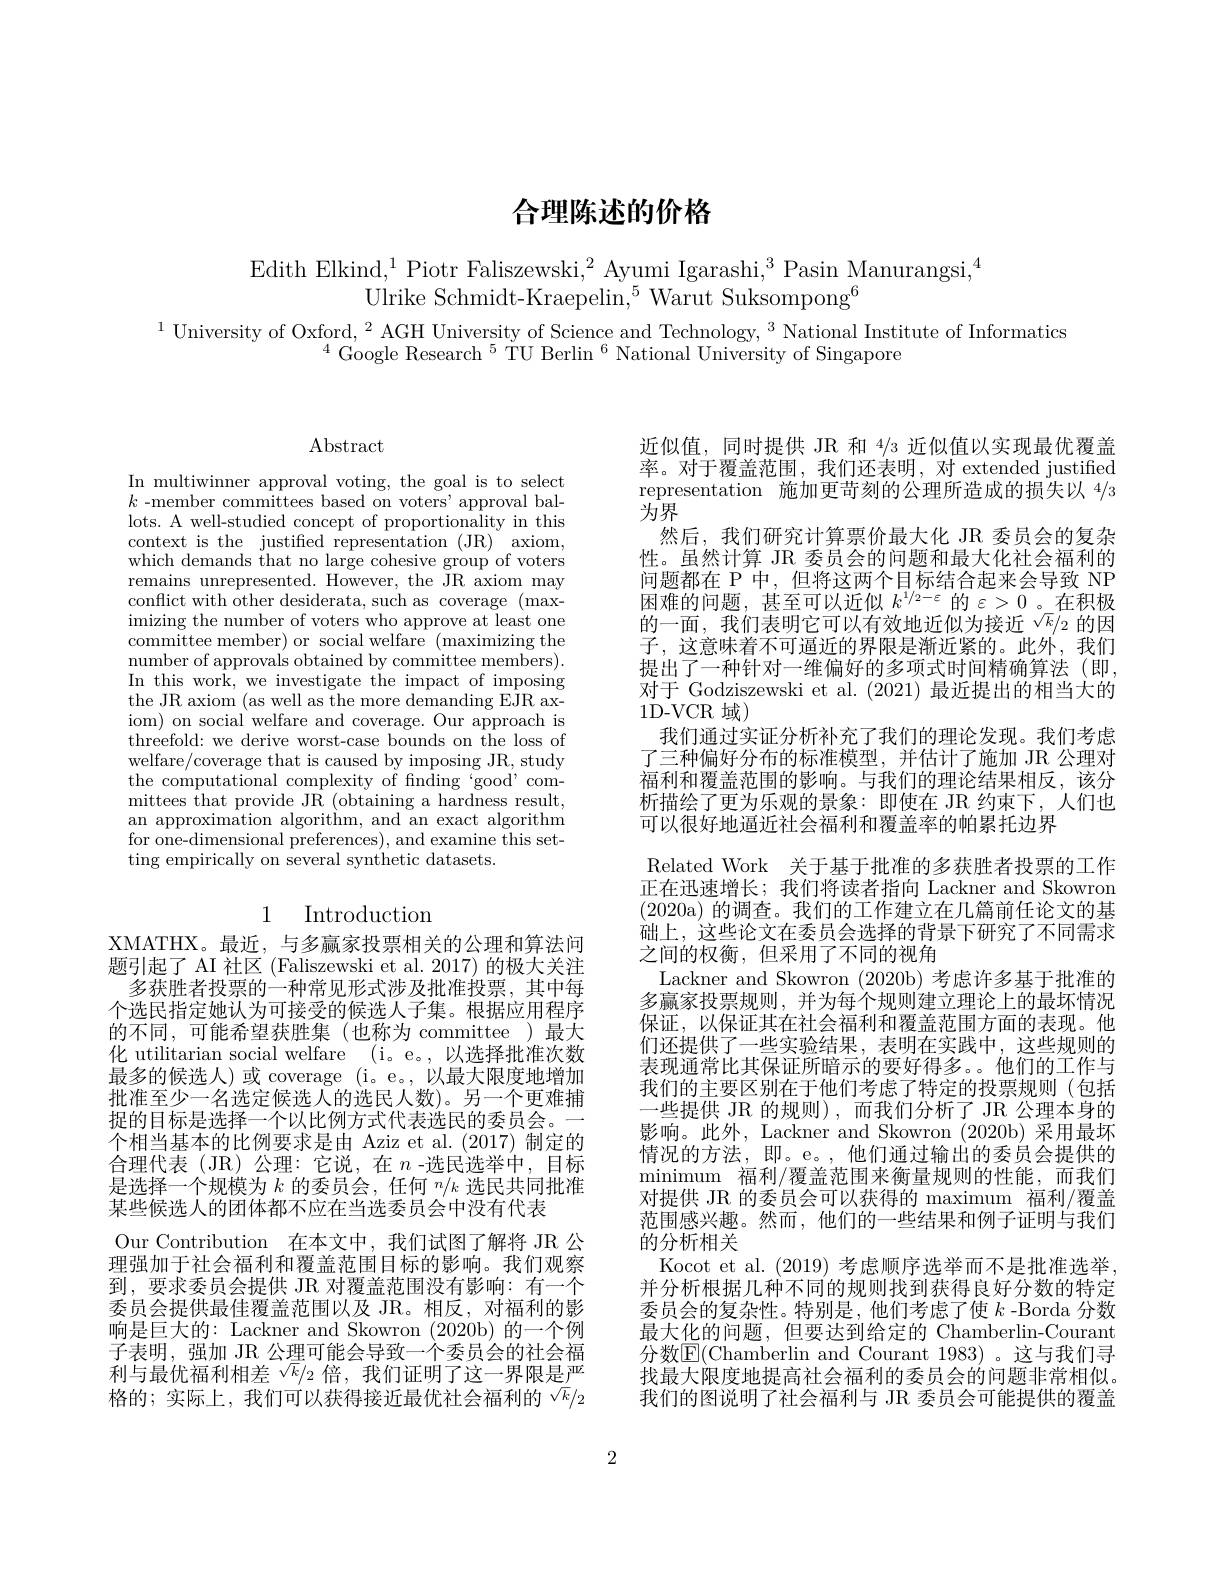
# 合理陈述的价格

Edith Elkind,$^1$Piotr Faliszewski,$^2$Ayumi Igarashi,$^3$Pasin Manurangsi,$^4$
Ulrike Schmidt-Kraepelin,$^5$Warut Suksompong$^6$

$^{1}$ University of Oxford, $^2$ AGH University of Science and Technology, $^3$ National Institute of Informatics
$^{4}$Google Research$^5$TU Berlin$^6$National University of Singapore

Abstract

In multiwinner approval voting, the goal is to select $k$ -member committees based on voters'approval ballots. A well-studied concept of proportionality in this context is the justified representation (JR) axiom, which demands that no large cohesive group of voters remains unrepresented. However, the JR axiom may conflict with other desiderata, such as coverage (maximizing the number of voters who approve at least one committee member) or social welfare (maximizing the number of approvals obtained by committee members). In this work, we investigate the impact of imposing the JR axiom (as well as the more demanding EJR axiom) on social welfare and coverage. Our approach is threefold: we derive worst-case bounds on the loss of welfare/coverage that is caused by imposing JR, study the computational complexity of finding ‘good’committees $\hat{\text{that provide JR }}($obtaining a hardness result, an approximation algorithm, and an exact algorithm for one-dimensional preferences), and examine this setting empirically on several synthetic datasets.

# 1 Introduction

XMATHX。最近，与多赢家投票相关的公理和算法问题引起了 AI 社区 (Faliszewski et al. 2017) 的极大关注
多获胜者投票的一种常见形式涉及批准投票，其中每个选民指定她认为可接受的候选人子集。根据应用程序的不同，可能希望获胜集(也称为 committee)最大化 utilitarian social welfare (i。e。,以选择批准次数最多的候选人)或 coverage (i。e。,以最大限度地增加批准至少一名选定候选人的选民人数)。另一个更难捕捉的目标是选择一个以比例方式代表选民的委员会。一个相当基本的比例要求是由 Aziz et al.(2017)制定的合理代表(JR)公理：它说，在$n$ -选民选举中，目标是选择一个规模为$k\text{ 的委员会，任何 }^n/k$选民共同批准某些候选人的团体都不应在当选委员会中没有代表
Our Contribution 在本文中，我们试图了解将 JR 公理强加于社会福利和覆盖范围目标的影响。我们观察到，要求委员会提供 JR 对覆盖范围没有影响：有一个委员会提供最佳覆盖范围以及 JR。相反，对福利的影响是巨大的：Lackner and Skowron (2020b) 的一个例子表明，强加 JR 公理可能会导致一个委员会的社会福利与最优福利相差$^\sqrt{k}/_2$倍，我们证明了这一界限是严格的；实际上，我们可以获得接近最优社会福利的$^{\sqrt k}/_2$

近似值，同时提供 JR 和 4/3 近似值以实现最优覆盖率。对于覆盖范围，我们还表明，对 extended justified representation 施加更苛刻的公理所造成的损失以 4/3为界
然后，我们研究计算票价最大化 JR 委员会的复杂性。虽然计算 JR 委员会的问题和最大化社会福利的问题都在 P 中，但将这两个目标结合起来会导致 NP 困难的问题，甚至可以近似 $k^{1/2-\varepsilon}$ 的$\varepsilon>0$ 。在积极的一面，我们表明它可以有效地近似为接近$^{\sqrt k}/_2$的因子，这意味着不可逼近的界限是渐近紧的。此外，我们提出了一种针对一维偏好的多项式时间精确算法(即， 对于 Godziszewski et al. (2021)最近提出的相当大的1D-VCR 域)
我们通过实证分析补充了我们的理论发现。我们考虑了三种偏好分布的标准模型，并估计了施加 JR 公理对福利和覆盖范围的影响。与我们的理论结果相反，该分析描绘了更为乐观的景象：即使在 JR 约束下，人们也可以很好地逼近社会福利和覆盖率的帕累托边界
Related Work 关于基于批准的多获胜者投票的工作正在迅速增长；我们将读者指向 Lackner and Skowron (2020a)的调查。我们的工作建立在几篇前任论文的基础上，这些论文在委员会选择的背景下研究了不同需求之间的权衡，但采用了不同的视角
Lackner and Skowron (2020b)考虑许多基于批准的多赢家投票规则，并为每个规则建立理论上的最坏情况保证，以保证其在社会福利和覆盖范围方面的表现。他们还提供了一些实验结果，表明在实践中，这些规则的表现通常比其保证所暗示的要好得多。。他们的工作与我们的主要区别在于他们考虑了特定的投票规则(包括一些提供 JR 的规则),而我们分析了 JR 公理本身的影响。此外，Lackner and Skowron (2020b) 采用最坏情况的方法，即。e。,他们通过输出的委员会提供的minimum 福利/覆盖范围来衡量规则的性能，而我们对提供 JR 的委员会可以获得的 maximum 福利/覆盖范围感兴趣。然而，他们的一些结果和例子证明与我们的分析相关
Kocot et al. (2019)考虑顺序选举而不是批准选举， 并分析根据几种不同的规则找到获得良好分数的特定委员会的复杂性。特别是，他们考虑了使$k$ -Borda 分数最大化的问题，但要达到给定的 Chamberlin-Courant 分数E(Chamberlin and Courant 1983)。这与我们寻找最大限度地提高社会福利的委员会的问题非常相似。我们的图说明了社会福利与 JR 委员会可能提供的覆盖

2